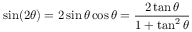
\sin ( 2 \theta ) = 2 \sin \theta \cos \theta = { \frac { 2 \tan \theta } { 1 + \tan ^ { 2 } \theta } }